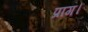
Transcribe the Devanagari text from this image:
प्राग।